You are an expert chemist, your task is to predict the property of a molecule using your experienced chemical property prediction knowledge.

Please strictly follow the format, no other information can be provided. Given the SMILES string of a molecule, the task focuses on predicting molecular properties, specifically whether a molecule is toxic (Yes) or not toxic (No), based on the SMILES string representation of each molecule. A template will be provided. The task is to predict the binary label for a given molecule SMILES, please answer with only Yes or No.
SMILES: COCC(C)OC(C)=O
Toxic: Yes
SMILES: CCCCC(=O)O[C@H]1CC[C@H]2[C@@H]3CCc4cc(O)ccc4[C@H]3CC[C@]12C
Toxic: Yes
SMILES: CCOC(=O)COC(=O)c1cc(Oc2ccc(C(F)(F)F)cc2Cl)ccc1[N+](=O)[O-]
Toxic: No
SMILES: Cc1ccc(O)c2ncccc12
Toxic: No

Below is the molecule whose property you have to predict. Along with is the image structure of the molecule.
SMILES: CCCCCCCCCCCCO
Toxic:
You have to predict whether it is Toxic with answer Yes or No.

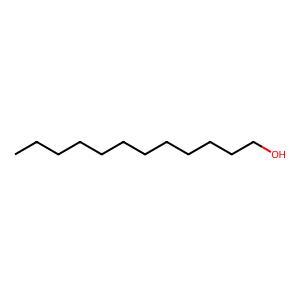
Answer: No